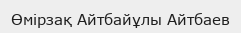
Өмірзақ Айтбайұлы Айтбаев